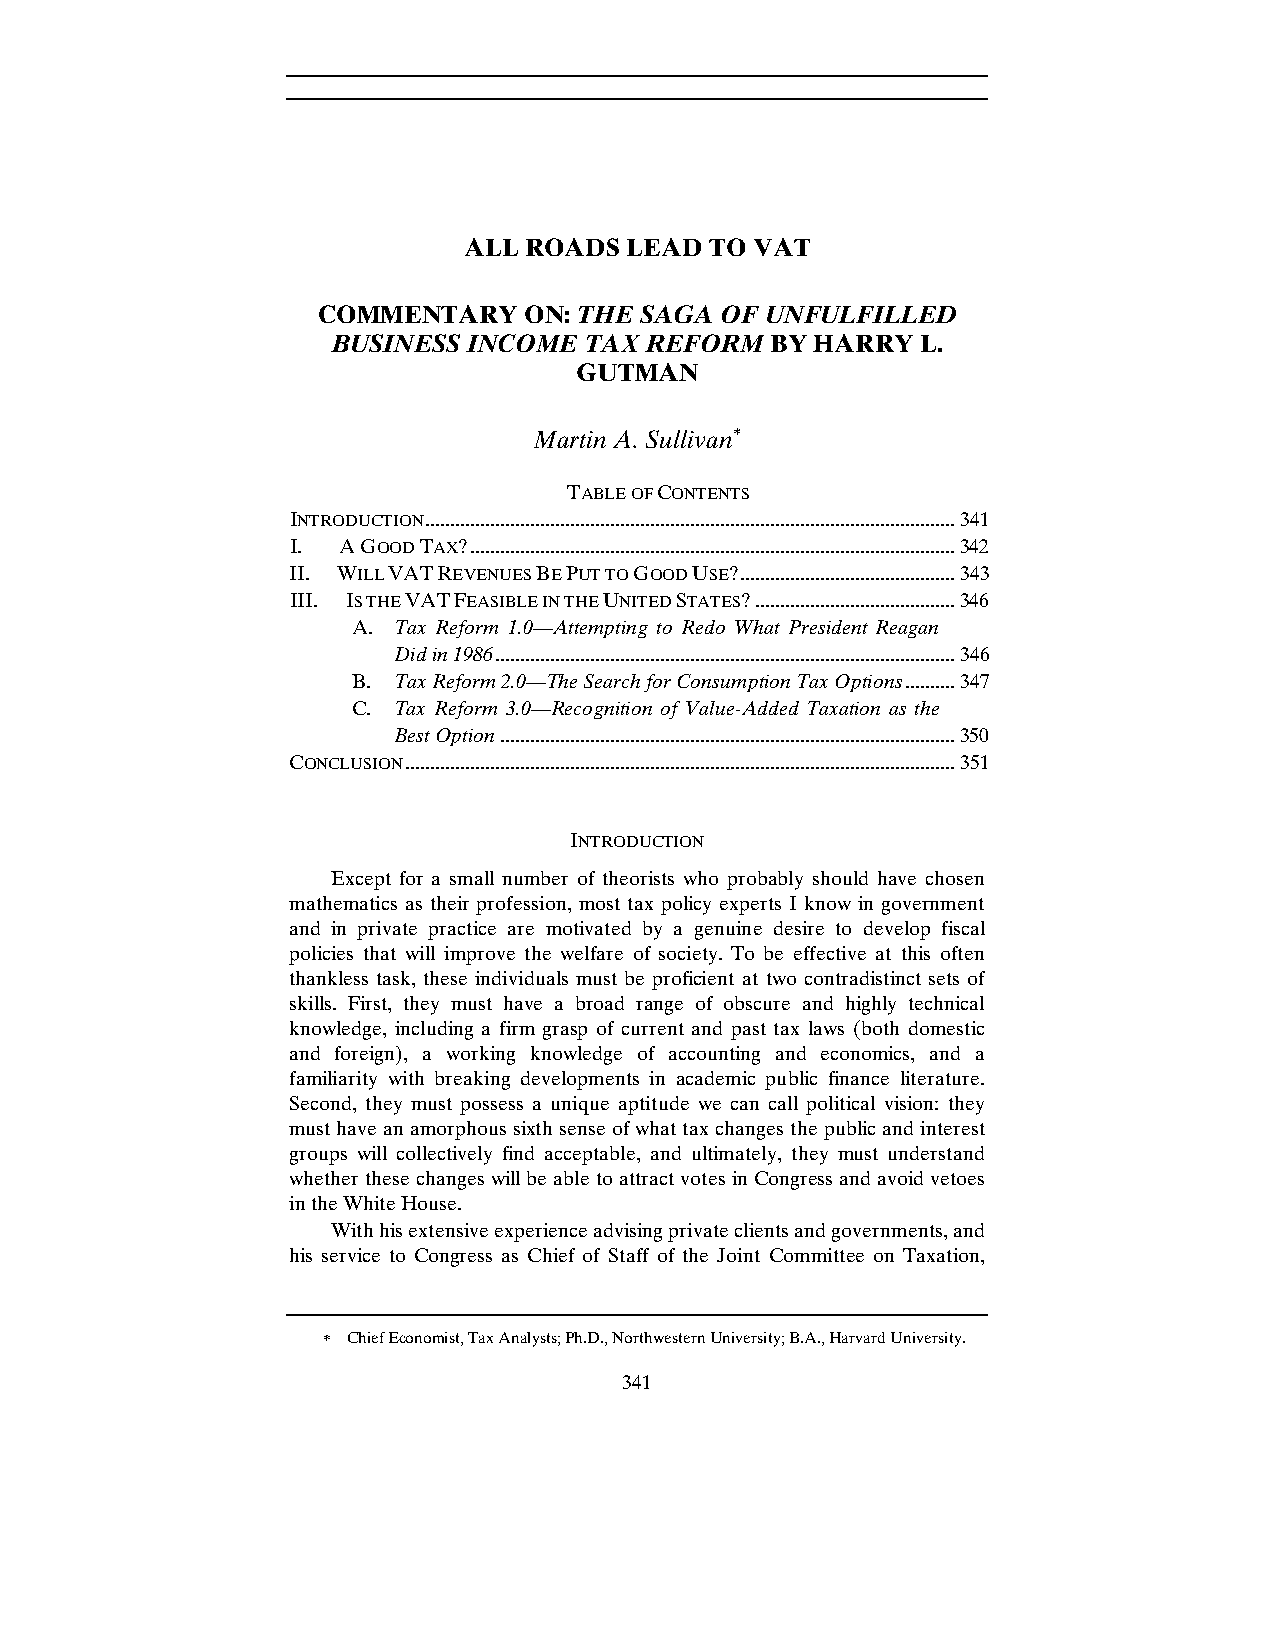
ALL ROADS  LEAD TO VAT
 COMMENTARY    ON: THE SAGA OF UNFULFILLED
 BUSINESS INCOME  TAX REFORM  BY HARRY  L.
 GUTMAN
 Martin A. Sullivan∗
 TABLE OF CONTENTS
 INTRODUCTION .......................................................................................................... 341
 I. A GOOD TAX? ................................................................................................. 342
 II. WILL VAT REVENUES BE PUT TO GOOD USE? ........................................... 343
 III. IS THE VAT FEASIBLE IN THE UNITED STATES? ........................................ 346
 A. Tax Reform 1.0—Attempting to Redo What President Reagan
 Did in 1986 ............................................................................................ 346
 B. Tax Reform 2.0—The Search for Consumption Tax Options .......... 347
 C. Tax Reform 3.0—Recognition of Value-Added Taxation as the
 Best Option ........................................................................................... 350
 CONCLUSION .............................................................................................................. 351
 INTRODUCTION
 Except for a small number of theorists who probably should have chosen
 mathematics as their profession, most tax policy experts I know in government
 and in private practice are motivated by a genuine desire to develop fiscal
 policies that will improve the welfare of society. To be effective at this often
 thankless task, these individuals must be proficient at two contradistinct sets of
 skills. First, they must have a broad range of obscure and highly technical
 knowledge, including a firm grasp of current and past tax laws (both domestic
 and foreign), a working knowledge of accounting and economics, and a
 familiarity with breaking developments in academic public finance literature.
 Second, they must possess a unique aptitude we can call political vision: they
 must have an amorphous sixth sense of what tax changes the public and interest
 groups will collectively find acceptable, and ultimately, they must understand
 whether these changes will be able to attract votes in Congress and avoid vetoes
 in the White House.
 With his extensive experience advising private clients and governments, and
 his service to Congress as Chief of Staff of the Joint Committee on Taxation,
 ∗ Chief Economist, Tax Analysts; Ph.D., Northwestern University; B.A., Harvard University.
 341